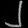
Digit: ၂